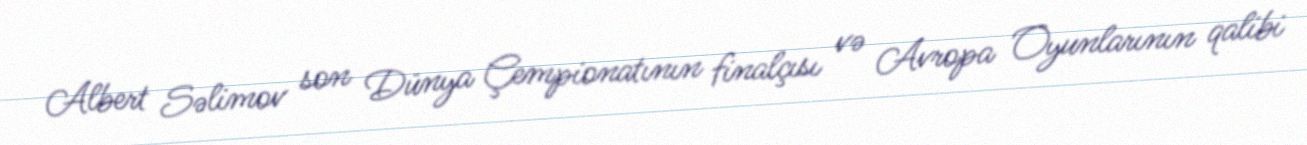
Albert Səlimov son Dünya Çempionatının finalçısı və Avropa Oyunlarının qalibi